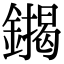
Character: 䥟